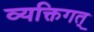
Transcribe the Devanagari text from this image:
व्यक्तिगत्